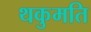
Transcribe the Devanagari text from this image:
थकुमति